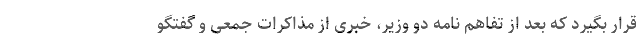
قرار بگیرد که بعد از تفاهم نامه دو وزیر، خبری از مذاکرات جمعی و گفتگو